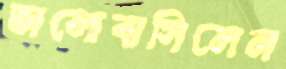
ভালোবাসিলেন